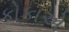
કોકાએ